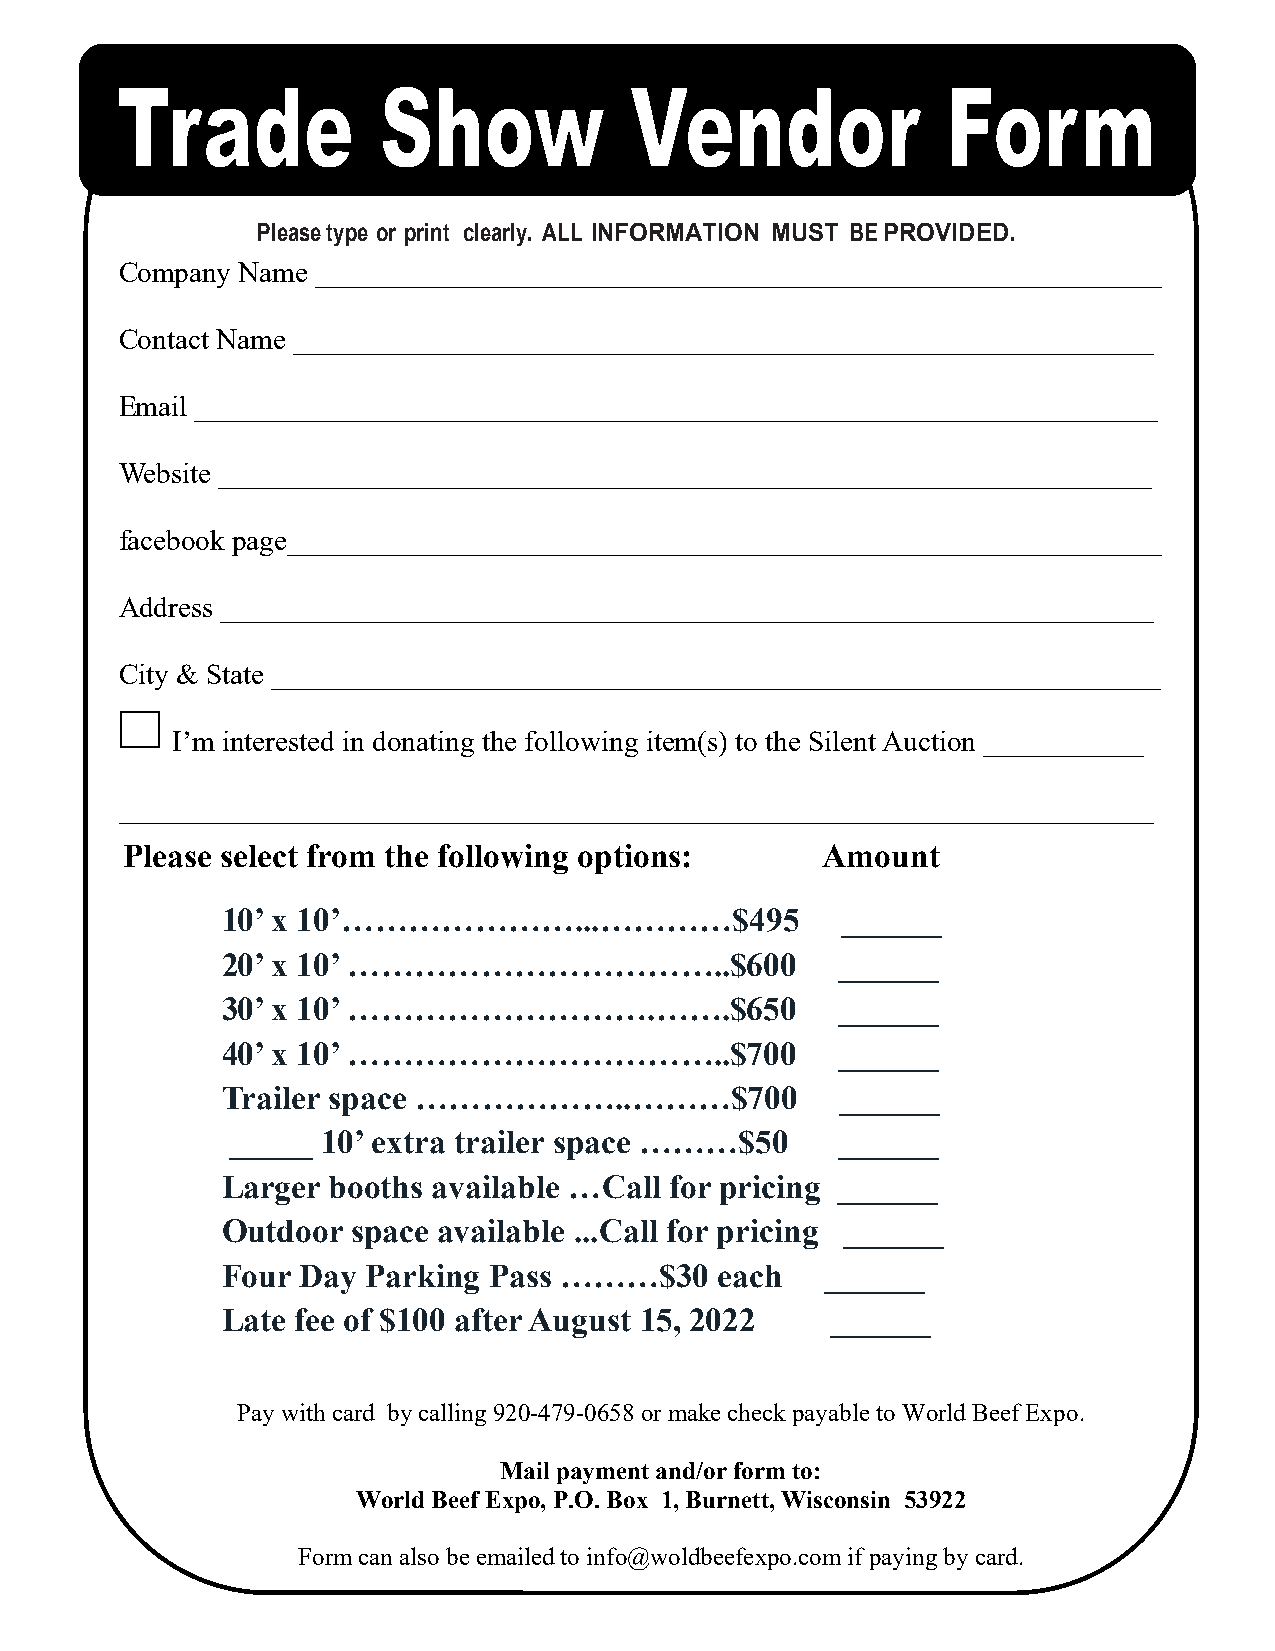
Please type or print clearly. ALL INFORMATION MUST BE PROVIDED.
 Company Name __________________________________________________________
 Contact Name ___________________________________________________________
 Email __________________________________________________________________
 Website ________________________________________________________________
 facebook page____________________________________________________________
 Address ________________________________________________________________
 City & State _____________________________________________________________
 I’m interested in donating the following item(s) to the Silent Auction ___________
 _______________________________________________________________________
 Please select from the following options:      Amount
 10’ x 10’…………………...…………$495              ______
 20’ x 10’ ……………………………..$600              ______
 30’ x 10’ ……………………….…….$650              ______
 40’ x 10’ ……………………………..$700              ______
 Trailer space ………………..………$700            ______
 _____ 10’ extra trailer space ………$50     ______
 Larger booths available …Call for pricing ______
 Outdoor space available ...Call for pricing ______
 Four Day Parking Pass ………$30     each   ______
 Late fee of $100 after August 15, 2022  ______
 Pay with card by calling 920-479-0658 or make check payable to World Beef Expo.
 Mail payment and/or form to:
 World Beef Expo, P.O. Box 1, Burnett, Wisconsin 53922
 Form can also be emailed to info@woldbeefexpo.com if paying by card.